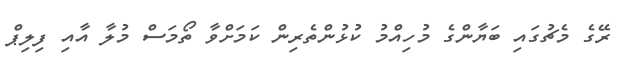
ރޭގެ މެޗުގައި ބަޔާންގެ މުހިއްމު ކުޅުންތެރިން ކަމަށްވާ ތޯމަސް މުލާ އާއި ފިލިޕް